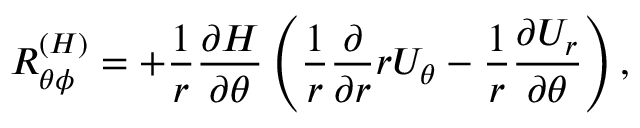
{ \cal { R } } _ { \theta \phi } ^ { ( H ) } = + \frac { 1 } { r } \frac { \partial H } { \partial \theta } \left( { \frac { 1 } { r } \frac { \partial } { \partial r } r U _ { \theta } - \frac { 1 } { r } \frac { \partial U _ { r } } { \partial \theta } } \right) ,